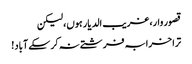
قصور وار، غریب الدیار ہوں، لیکن
ترا خرابہ فرشتے نہ کر سکے آباد!